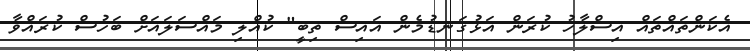
އެކަންތައްތައް އިސްލާހު ކުރަން އަޅުގަނޑުމެން އައިސް ތިބީ" ކުއްލި މައްސަލައަށް ބަހުސް ކުރައްވާ